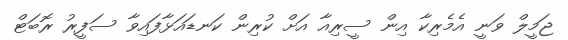
ޖަމީލް ވަނީ އެމެރިކާ އިން ސީރިއާ އަށް ކުރިން ކަނޑައަޅާފައިވާ ސަފީރު ރޮބަޓް